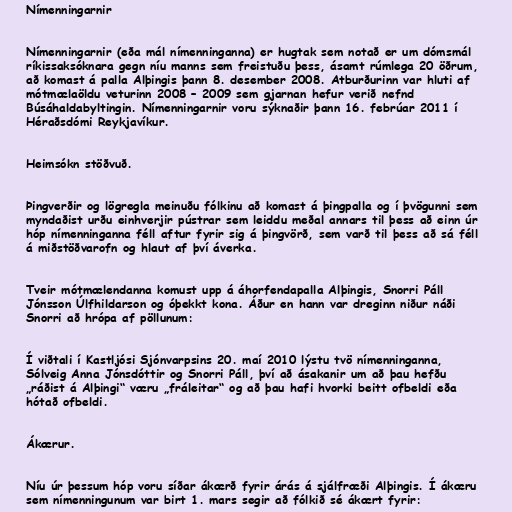
Nímenningarnir

Nímenningarnir (eða mál nímenninganna) er hugtak sem notað er um dómsmál
ríkissaksóknara gegn níu manns sem freistuðu þess, ásamt rúmlega 20 öðrum,
að komast á palla Alþingis þann 8. desember 2008. Atburðurinn var hluti af
mótmælaöldu veturinn 2008 – 2009 sem gjarnan hefur verið nefnd
Búsáhaldabyltingin. Nímenningarnir voru sýknaðir þann 16. febrúar 2011 í
Héraðsdómi Reykjavíkur.

Heimsókn stöðvuð.

Þingverðir og lögregla meinuðu fólkinu að komast á þingpalla og í þvögunni sem
myndaðist urðu einhverjir pústrar sem leiddu meðal annars til þess að einn úr
hóp nímenninganna féll aftur fyrir sig á þingvörð, sem varð til þess að sá féll
á miðstöðvarofn og hlaut af því áverka.

Tveir mótmælendanna komust upp á áhorfendapalla Alþingis, Snorri Páll
Jónsson Úlfhildarson og óþekkt kona. Áður en hann var dreginn niður náði
Snorri að hrópa af pöllunum:

Í viðtali í Kastljósi Sjónvarpsins 20. maí 2010 lýstu tvö nímenninganna,
Sólveig Anna Jónsdóttir og Snorri Páll, því að ásakanir um að þau hefðu
„ráðist á Alþingi“ væru „fráleitar“ og að þau hafi hvorki beitt ofbeldi eða
hótað ofbeldi.

Ákærur.

Níu úr þessum hóp voru síðar ákærð fyrir árás á sjálfræði Alþingis. Í ákæru
sem nímenningunum var birt 1. mars segir að fólkið sé ákært fyrir: